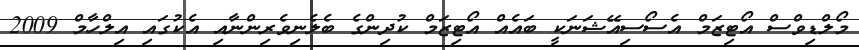
މޯލްޑިވްސް އޯޓިޒަމް އެސޯސިއޭޝަނަކީ ބައެއް އޯޓިޒަމް ކުދިންގެ ބެލެނިވެރިންނާއި އެކުގައި އިލްހާމް 2009